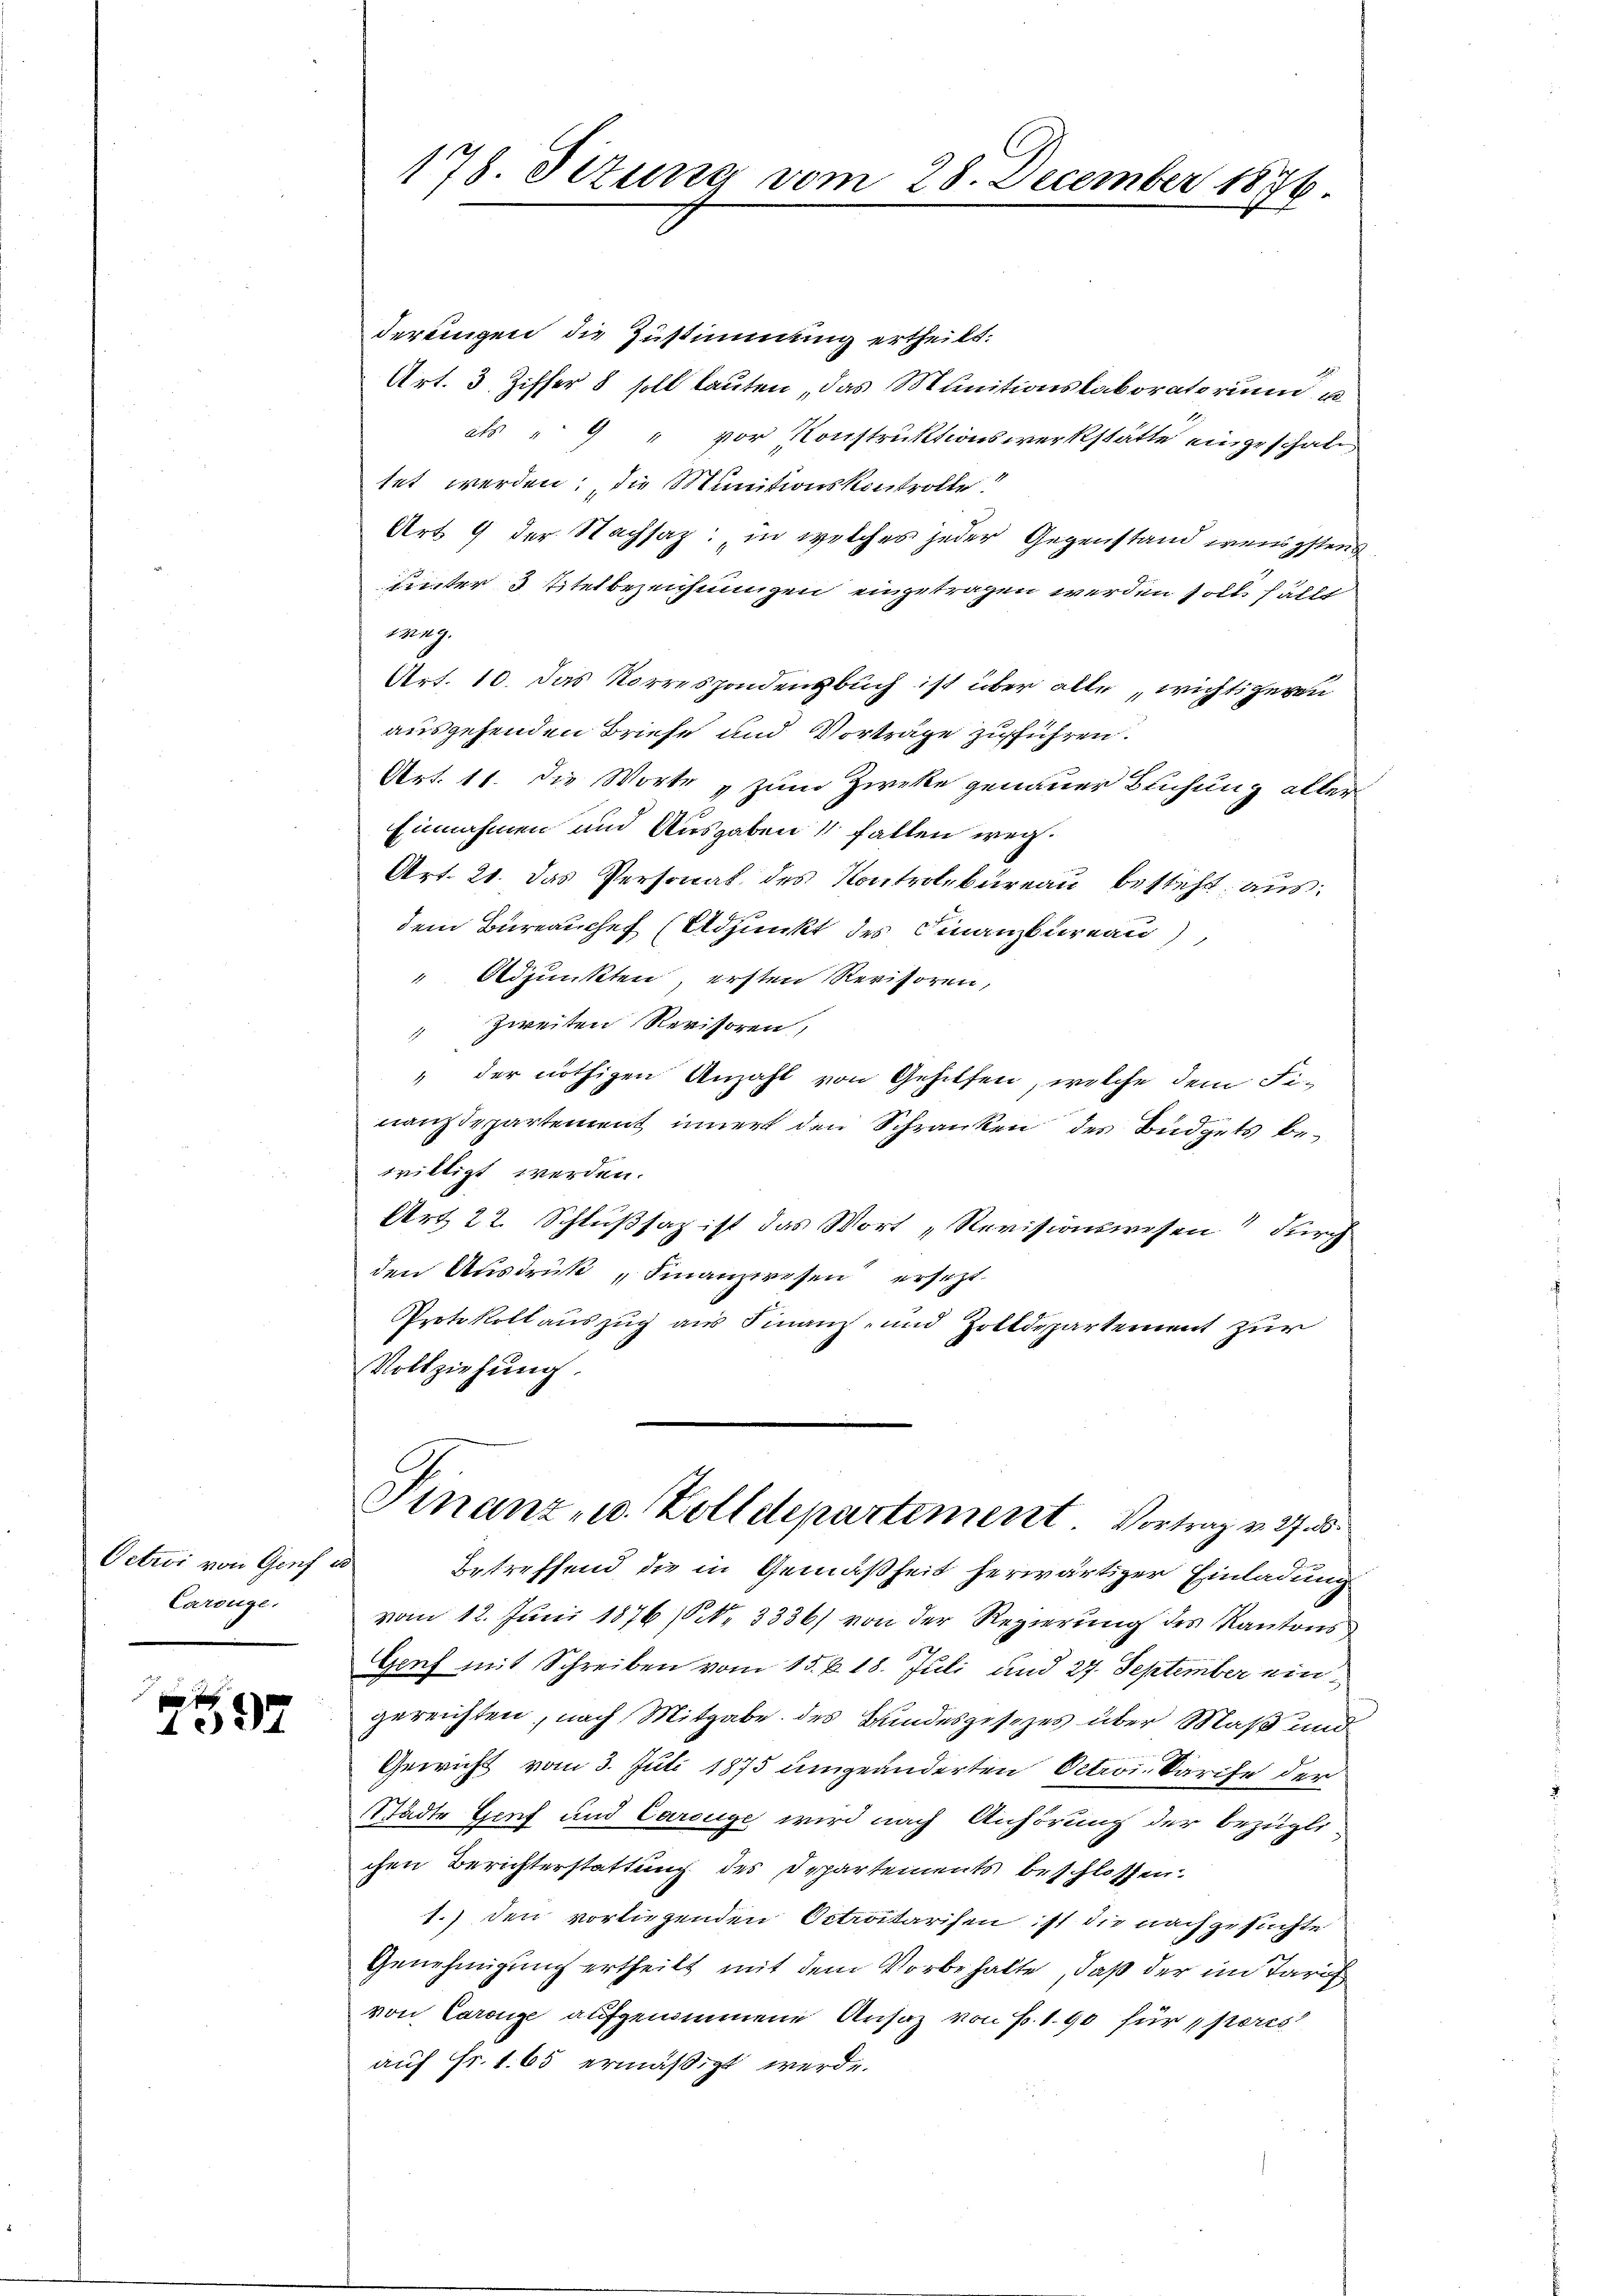
Octroi von Genf
Carouge.

1037.

178. Sizung vom

derungen die Zustimmung ertheilt.
Art. 3. Ziffer 8 soll lauten, das Munitionslaboratorium u
als " 9 " vor Konstruktionswerkstätte eingeschaltet werden; die Munitionskontrolle.
Art. 9 der Nachsaz: in welches jeder Gegenstand wenigstens
unter 3 Titel bezeichnungen eingetragen werden soll fällt
weg.
Art. 10. Das Norrespondenzbuch ist über alle wichtigeren
ausgehenden Briefe und Vorträge zuführen.
Art. 11. die Worte „zum Zwecke genauer Buchung aller
Einnahmen und Ausgaben & fallen weg¬
Art. 21. Das Personal des Kontrolbureau besteht aus:
dem Bureauchef (Adjunkt des Finanzkureau),
 Adjunkten, ersten Revisoren,
" zweiten Revisoren,
" der nöthigen Anzahl von Gehilfen, welche dem Finanzdepartement inner den Schranken des Büdgets bewilligt werden.
Art 22. Schlußsaz ist das Wort „Revisionswesen durch
den Ausdruck „Finanzwesen ersetzt
Protokoll auszug aus Finanz- und Zolldepartement zur
Vollziehung
Finanz- u. Zolldepartement Vortrag v. 27.
Betreffend die in Gemäßheit herwärtiger Einladung
vom 12. Juni 1876 [No 3336) von der Regierung des Kantons
Genf mit Schreiben vom 15. d. 18. Juli und 27. September eingereichten, nach Mitgabe des Bundesgesezes über Maß und
Gewicht vom 3. Juli 1875 umgeänderten Octrois Sarife der
Städte Genf und Carouge wird nach Anhörung der bezügli
chen Berichterstattung des Departements beschlossen.
1.) den vorliegenden Octrotarifen ist die nachgesuchte
Genehmigung ertheilt mit dem Vorbehalte, daß der im Tarif
von Carange aufgenommene Ansaz von Fr. 1. 90 für peres
auf Fr. 1. 65 ermäßigt werde.

28. December 1876